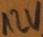
Text: 12V